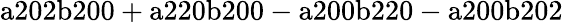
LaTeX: \mathrm{a202b200+a220b200-a200b220-a200b202}